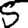
Digit: 5